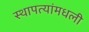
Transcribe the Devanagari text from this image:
स्थापत्यांमधली